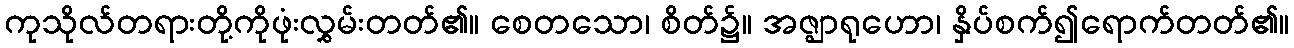
ကုသိုလ်တရားတို့ကိုဖုံးလွှမ်းတတ်၏။ စေတသော၊ စိတ်၌။ အဇ္ဈာရုဟော၊ နှိပ်စက်၍ရောက်တတ်၏။